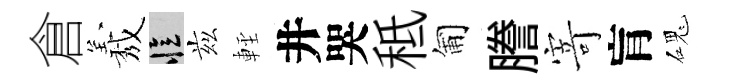
倉𦏁忆兹䡖井哭秪匍謄𭔃肓磈